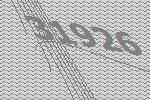
31926